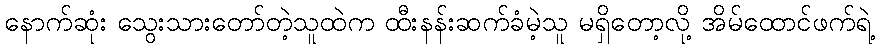
နောက်ဆုံး သွေးသားတော်တဲ့သူထဲက ထီးနန်းဆက်ခံမဲ့သူ မရှိတော့လို့ အိမ်ထောင်ဖက်ရဲ့